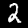
Label: 2